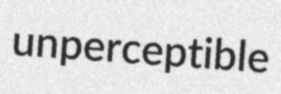
unperceptible